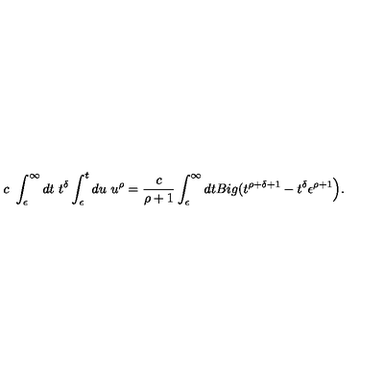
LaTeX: c \ \int _ { \epsilon } ^ { \infty } d t \ t ^ { \delta } \int _ { \epsilon } ^ { t } d u \ u ^ { \rho } = \frac { c } { \rho + 1 } \int _ { \epsilon } ^ { \infty } d t B i g ( t ^ { \rho + \delta + 1 } - t ^ { \delta } \epsilon ^ { \rho + 1 } \Big ) .